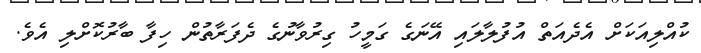
ކުއްލިއަކަށް އެދެއަތް އުފުލާލައި އޭނަގެ ގަމީހު ގިރުވާނުގެ ދެފަރާތުން ހިފާ ބާރުކޮށްލި އެވެ.